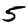
Digit: 5